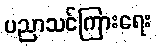
ပညာသင်ကြားရေး